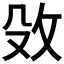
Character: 𮳀